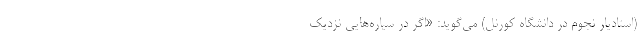
(استادیار نجوم در دانشگاه کورنل) می‌گوید: «اگر در سیاره‌هایی نزدیک